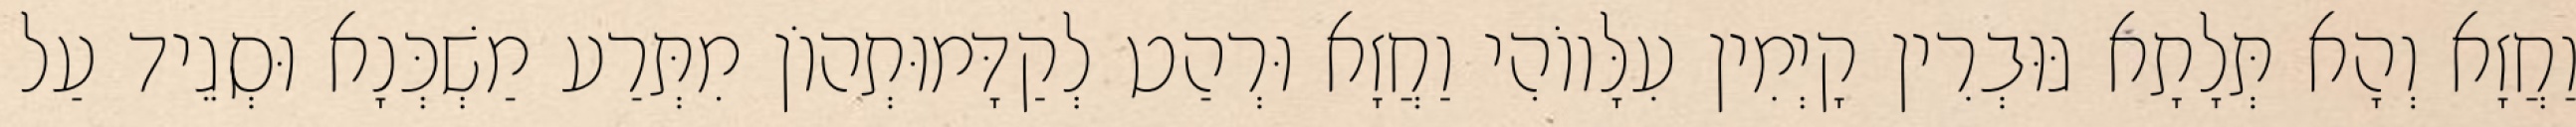
וַחֲזָא וְהָא תְּלָתָא גּוּבְרִין קָיְמִין עִלָּווֹהִי וַחֲזָא וּרְהַט לְקַדָּמוּתְהוֹן מִתְּרַע מַשְׁכְּנָא וּסְגֵיד עַל